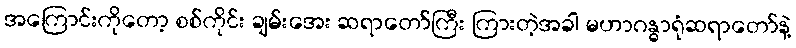
အကြောင်းကိုတော့ စစ်ကိုင်း ချမ်းအေး ဆရာတော်ကြီး ကြားတဲ့အခါ မဟာဂန္ဓာရုံဆရာတော်နဲ့